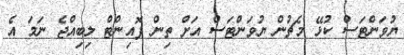
ޔުވަންޓަސް ކުޅޭ މެޗުން ޔުވަންޓަސް އަށް ތިން ޕޮއިންޓް ލިބިއްޖެ ނަމަ އެ